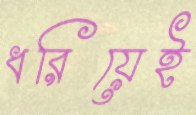
ধরিয়েই